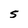
Character: S